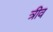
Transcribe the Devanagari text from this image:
त्रीव